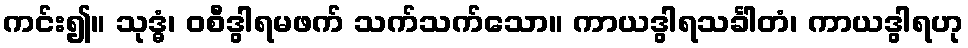
ကင်း၍။ သုဒ္ဓံ၊ ဝစီဒွါရမဖက် သက်သက်သော။ ကာယဒွါရသင်္ခါတံ၊ ကာယဒွါရဟု